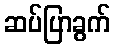
ဆပ်ပြာခွက်